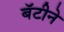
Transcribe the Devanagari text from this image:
बॅटीने